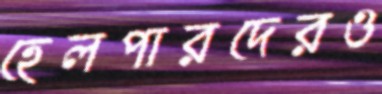
হেলপারদেরও